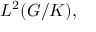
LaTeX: L ^ { 2 } ( G / K ) ,